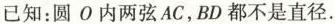
已知：圆 O 内两弦 AC，BD 都不是直径.